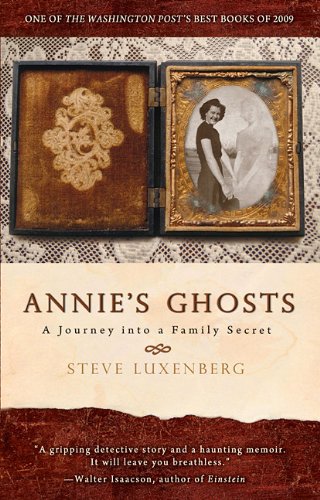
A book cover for Annie's Ghosts: A Journey into a Family Secret; Steve Luxenberg; Parenting & Relationships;